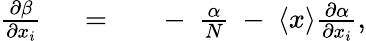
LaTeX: \begin{array}{rlr}{{\frac{\partial\beta}{\partial{x}_{i}}}}&{{}\ =\ }&{\ -\ {\frac{\alpha}{N}}\ -\ \langle{x}\rangle{\frac{\partial\alpha}{\partial{x}_{i}}},}\end{array}